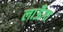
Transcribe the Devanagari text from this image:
लाऊँगा